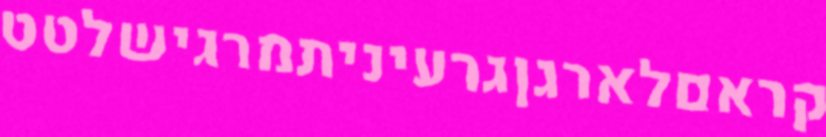
קראםלארגןגרעיניתמרגישלטט